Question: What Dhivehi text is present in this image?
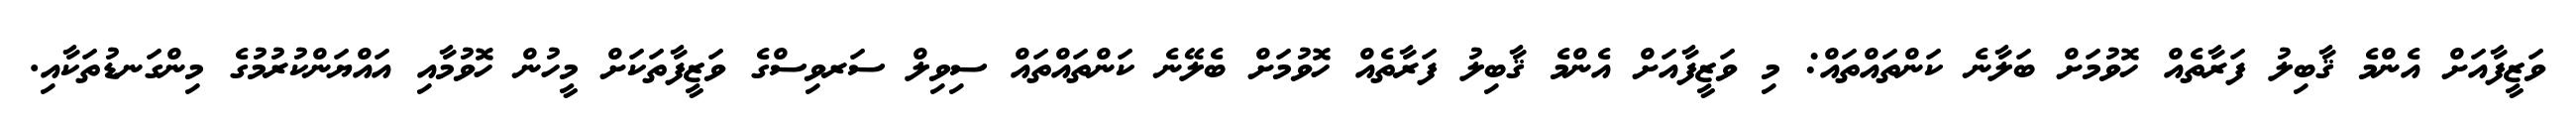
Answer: ވަޒީފާއަށް އެންމެ ޤާބިލު ފަރާތެއް ހޮވުމަށް ބަލާނެ ކަންތައްތައް: މި ވަޒީފާއަށް އެންމެ ޤާބިލު ފަރާތެއް ހޮވުމަށް ބެލޭނެ ކަންތައްތައް ސިވިލް ސަރވިސްގެ ވަޒީފާތަކަށް މީހުން ހޮވުމާއި އައްޔަންކުރުމުގެ މިންގަނޑުތަކާއި.